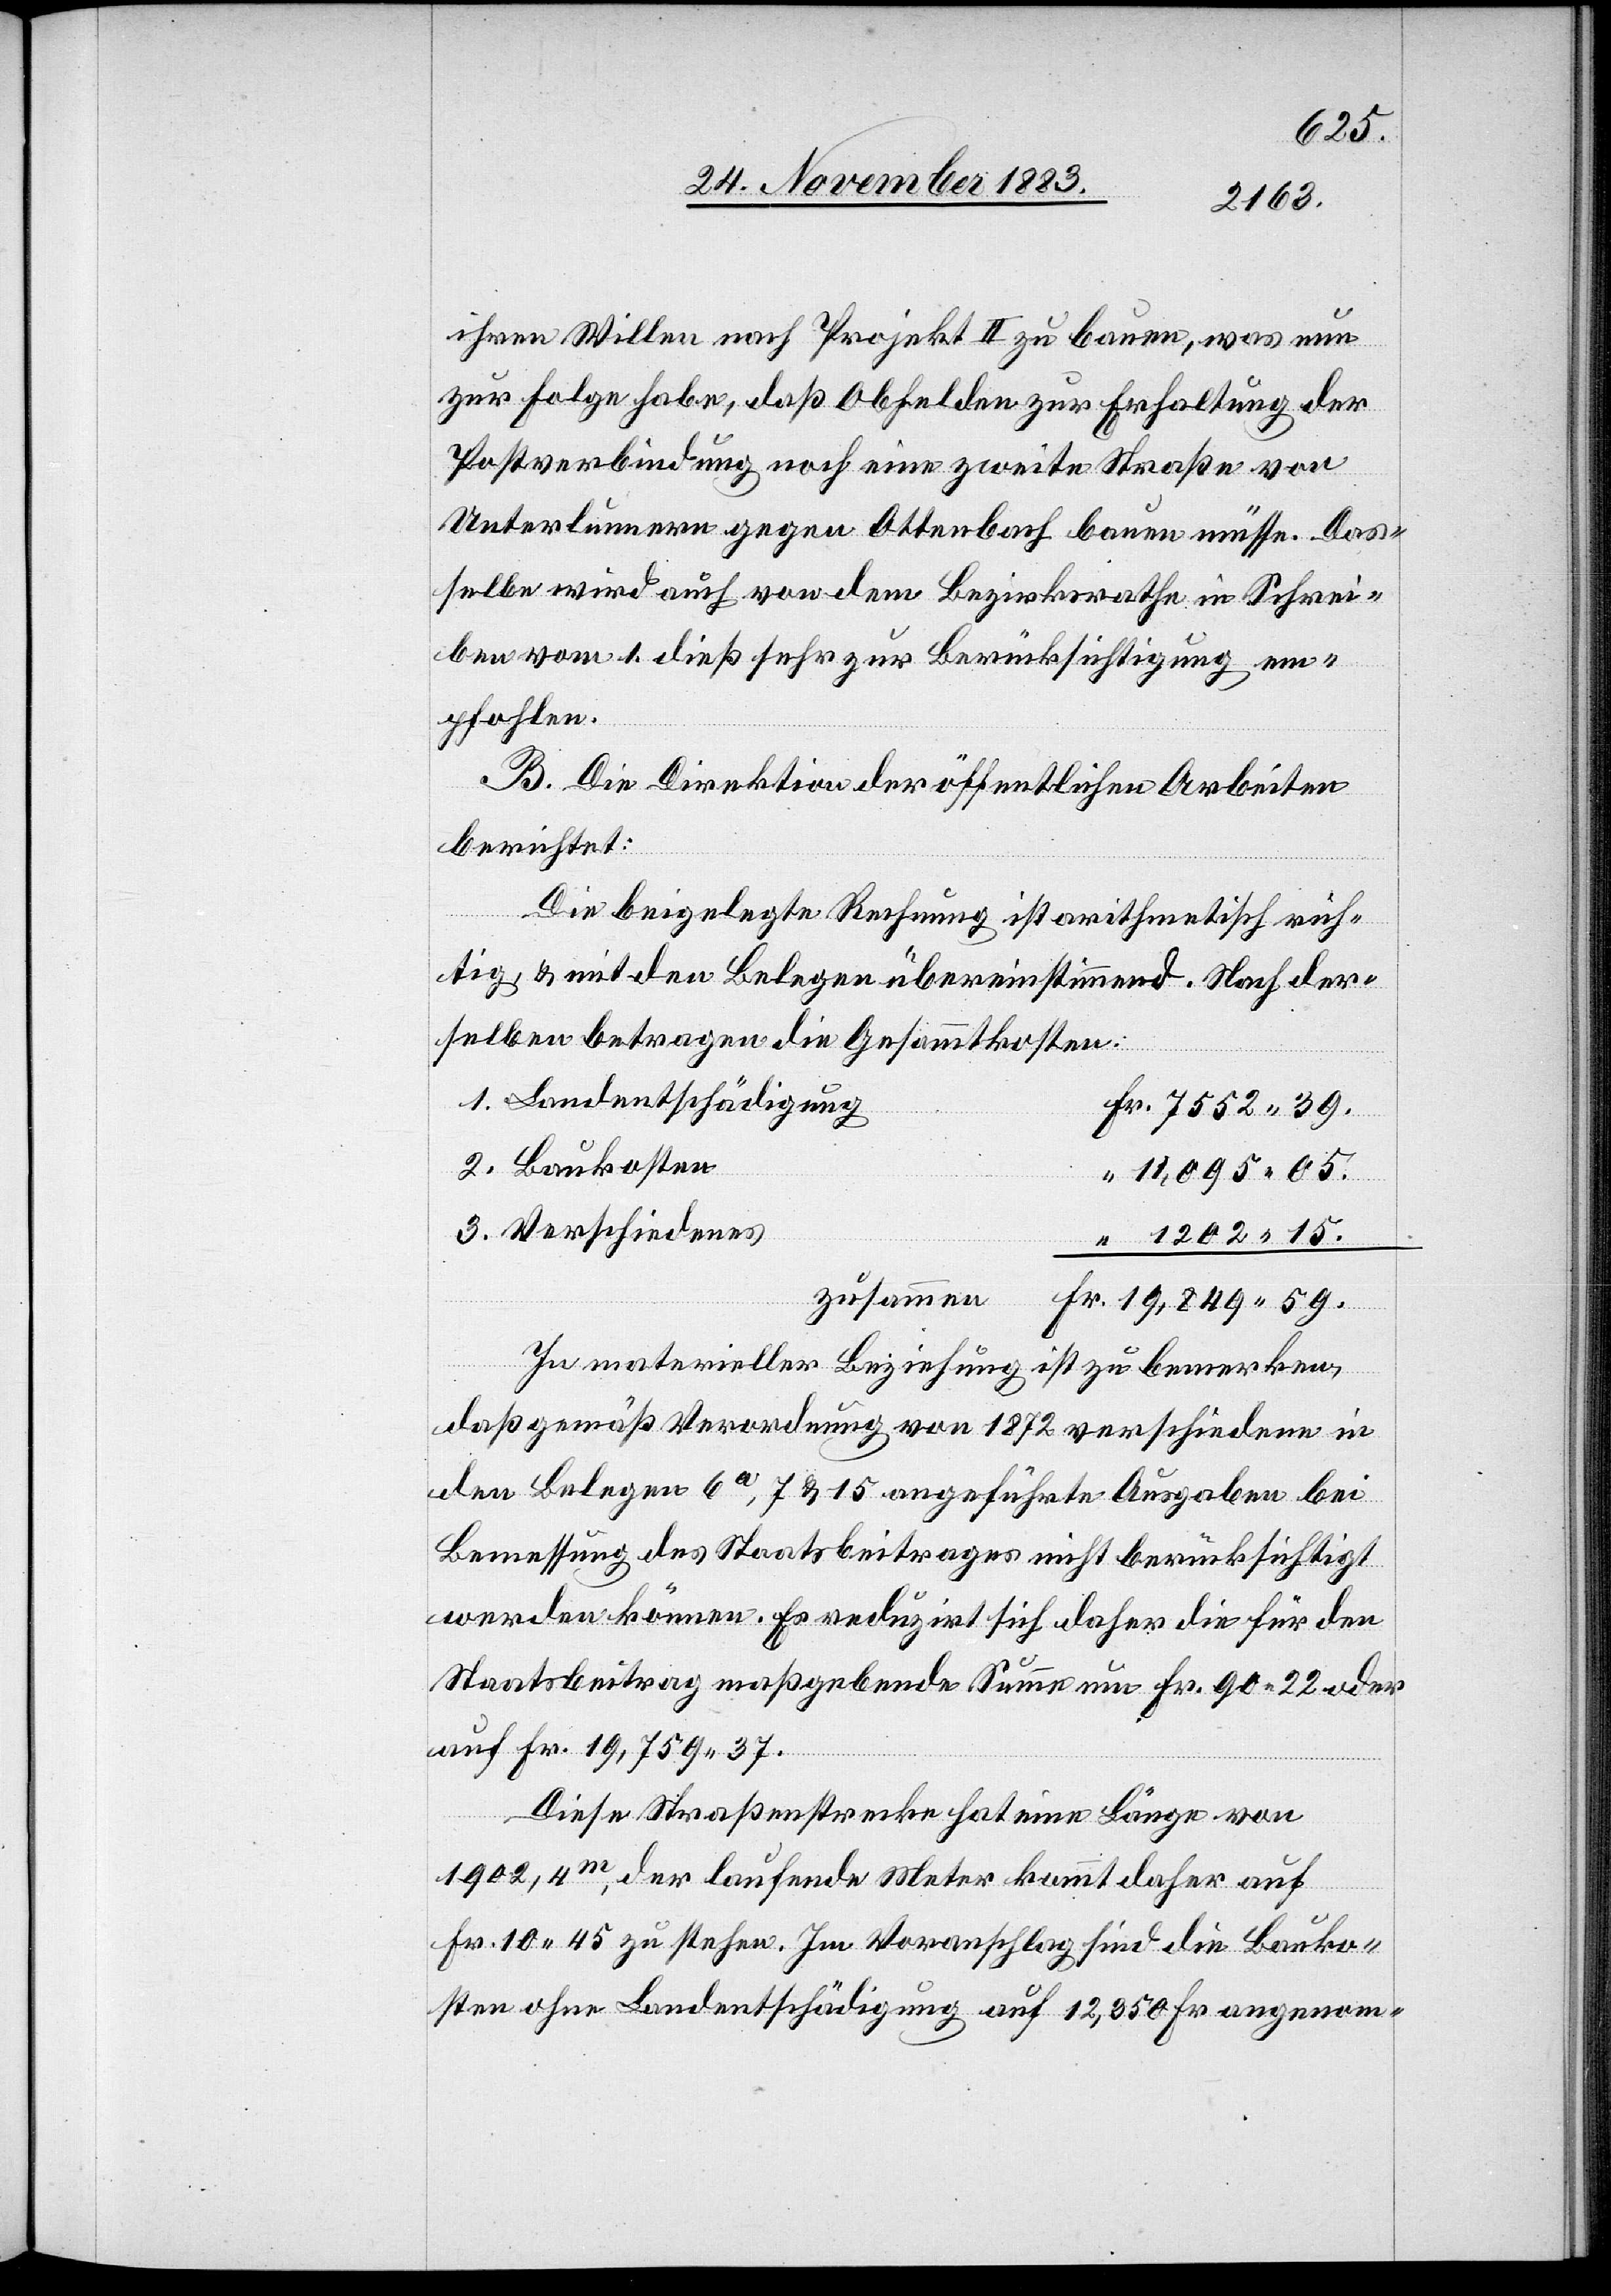
59.
ihren Willen nach Projekt II zu bauen, was nun
zur Folge habe, daß Obfelden zur Erhaltung der
Postverbindung noch eine zweite Straße von
Unterlunnern gegen Ottenbach bauen müsse. Das¬
selbe wird auch von dem Bezirksrathe in Schrei¬
ben vom 1. dieß sehr zur Berücksichtigung em¬
pfohlen.
B. Die Direktion der öffentlichen Arbeiten
berichtet:
Die beigelegte Rechnung ist arithmetisch rich¬
tig, & mit den Belegen übereinstimmend. Nach der¬
selben betrage die Gesammtkosten:
Landentschädigung
Baukosten
11,095 05.
Verschiedenes
1202 15.
zusammen
Fr.
In materieller Beziehung ist zu bemerken,
daß gemäß Verordnung von 1872 verschiedene in
den Belegen 6a, 7 & 15 angeführte Ausgaben bei
Bemessung des Staatsbeitrages nicht berücksichtigt
werden können. Es reduzirt sich daher die für den
Staatsbeitrag maßgebende Summe um Fr. 90 22 oder
auf Fr. 19,759 37.
Diese Straßenstrecke hat eine Länge von
1902,4m, der laufende Meter kommt daher auf
Fr. 10 45 zu stehen. Im Voranschlag sind die Bauko¬
sten ohne Landentschädigung auf 12,350 Fr. angenom-